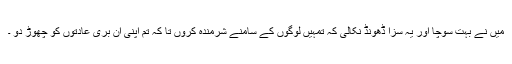
میں نے بہت سوچا اور یہ سزا ڈھونڈ نکالی کہ تمہیں لوگوں کے سامنے شرمندہ کروں تا کہ تم اپنی ان بری عادتوں کو چھوڑ دو ۔